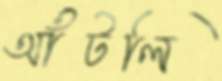
আঁটলি